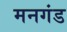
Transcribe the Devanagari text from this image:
मनगंड